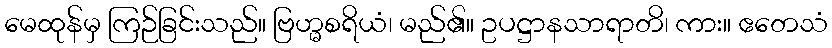
မေထုန်မှ ကြဉ်ခြင်းသည်။ ဗြဟ္မစရိယံ၊ မည်၏။ ဥပဋ္ဌာနသာရာတိ၊ ကား။ ဧတေသံ